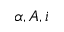
\alpha , A , i